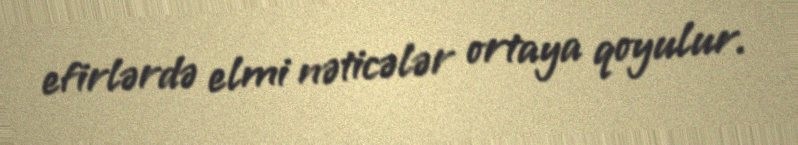
efirlərdə elmi nəticələr ortaya qoyulur.